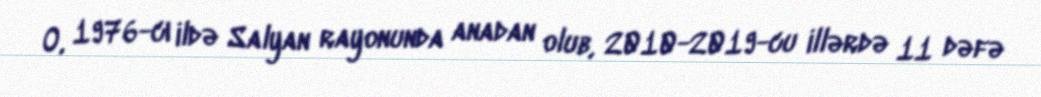
O, 1976-cı ildə Salyan rayonunda anadan olub, 2010-2019-cu illərdə 11 dəfə